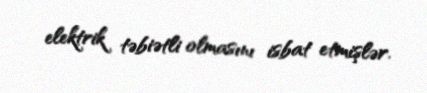
elektrik təbiətli olmasını isbat etmişlər.